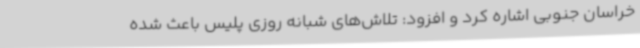
خراسان جنوبی اشاره کرد و افزود: تلاش‌های شبانه روزی پلیس باعث شده